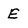
Character: E